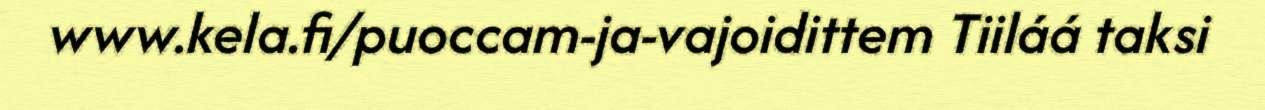
www.kela.fi/puoccam-ja-vajoidittem Tiiláá taksi